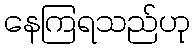
နေကြရသည်ဟု